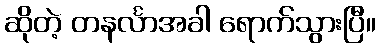
ဆိုတဲ့ တနင်္လာအခါ ရောက်သွားပြီ။